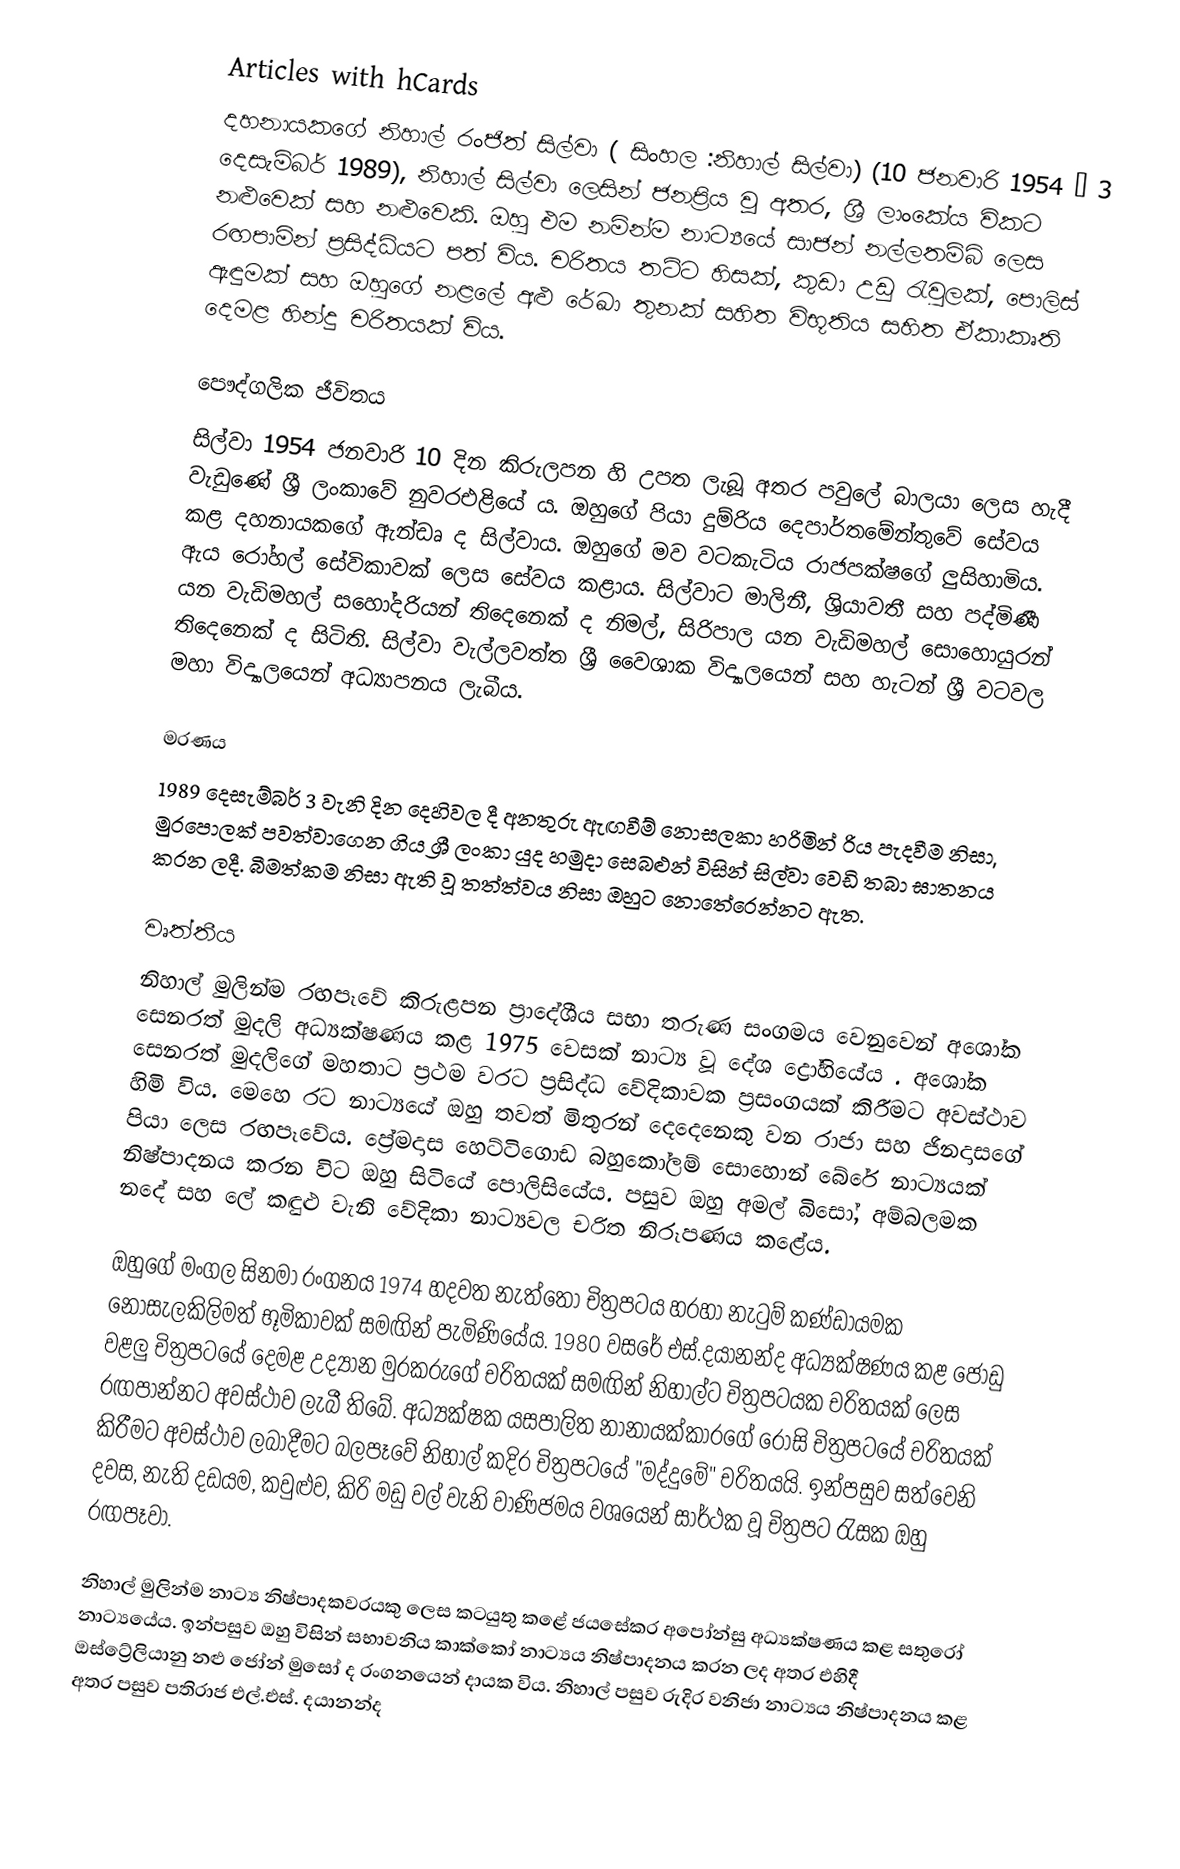
Articles with hCards
දහනායකගේ නිහාල් රංජිත් සිල්වා ( සිංහල :නිහාල් සිල්වා) (10 ජනවාරි 1954 – 3 දෙසැම්බර් 1989), නිහාල් සිල්වා ලෙසින් ජනප්‍රිය වූ අතර, ශ්‍රී ලාංකේය විකට නළුවෙක් සහ නළුවෙකි. ඔහු එම නමින්ම නාට්‍යයේ සාජන් නල්ලතම්බි ලෙස රඟපාමින් ප්‍රසිද්ධියට පත් විය. චරිතය තට්ට හිසක්, කුඩා උඩු රැවුලක්, පොලිස් ඇඳුමක් සහ ඔහුගේ නළලේ අළු රේඛා තුනක් සහිත විභූතිය සහිත ඒකාකෘති දෙමළ හින්දු චරිතයක් විය.

පෞද්ගලික ජීවිතය
සිල්වා 1954 ජනවාරි 10 දින කිරුලපන  හි උපත ලැබූ අතර පවුලේ බාලයා ලෙස හැදී වැඩුණේ ශ්‍රී ලංකාවේ නුවරඑළියේ ය. ඔහුගේ පියා දුම්රිය දෙපාර්තමේන්තුවේ සේවය කළ දහනායකගේ ඇන්ඩෘ ද සිල්වාය. ඔහුගේ මව වටකැටිය රාජපක්ෂගේ ලුසිහාමිය. ඇය රෝහල් සේවිකාවක් ලෙස සේවය කළාය. සිල්වාට මාලිනී, ශ්‍රියාවතී සහ පද්මිණී යන වැඩිමහල් සහෝදරියන් තිදෙනෙක් ද නිමල්, සිරිපාල යන වැඩිමහල් සොහොයුරන් තිදෙනෙක් ද සිටිති. සිල්වා වැල්ලවත්ත ශ්‍රී වෛශාක විද්‍යාලයෙන් සහ හැටන් ශ්‍රී වටවල මහා විද්‍යාලයෙන් අධ්‍යාපනය ලැබීය.

මරණය
1989 දෙසැම්බර් 3 වැනි දින දෙහිවල දී අනතුරු ඇඟවීම් නොසලකා හරිමින් රිය පැදවීම නිසා, මුරපොලක් පවත්වාගෙන ගිය ශ්‍රී ලංකා යුද හමුදා සෙබළුන් විසින් සිල්වා වෙඩි තබා ඝාතනය කරන ලදී. බීමත්කම නිසා ඇති වූ තත්ත්වය නිසා ඔහුට නොතේරෙන්නට ඇත.

වෘත්තීය
නිහාල් මුලින්ම රඟපෑවේ කිරුළපන ප්‍රාදේශීය සභා තරුණ සංගමය වෙනුවෙන් අශෝක සෙනරත් මුදලි අධ්‍යක්ෂණය කළ 1975 වෙසක් නාට්‍ය වූ දේශ ද්‍රෝහියේය . අශෝක සෙනරත් මුදලිගේ මහතාට ප්‍රථම වරට ප්‍රසිද්ධ වේදිකාවක ප්‍රසංගයක් කිරීමට අවස්ථාව හිමි විය. මෙහෙ රට නාට්‍යයේ ඔහු තවත් මිතුරන් දෙදෙනෙකු වන රාජා සහ ජිනදාසගේ පියා ලෙස රඟපෑවේය. ප්‍රේමදාස හෙට්ටිගොඩ බහුකෝලම් සොහොන් බේරේ නාට්‍යයක් නිෂ්පාදනය කරන විට ඔහු සිටියේ පොලිසියේය. පසුව ඔහු අමල් බිසෝ, අම්බලමක නදේ සහ ලේ කඳුළු වැනි වේදිකා නාට්‍යවල චරිත නිරූපණය කළේය.

ඔහුගේ මංගල සිනමා රංගනය 1974 හදවත නැත්තෝ චිත්‍රපටය හරහා නැටුම් කණ්ඩායමක නොසැලකිලිමත් භූමිකාවක් සමඟින් පැමිණියේය. 1980 වසරේ එස්.දයානන්ද අධ්‍යක්ෂණය කළ ජෝඩු වළලු චිත්‍රපටයේ දෙමළ උද්‍යාන මුරකරුගේ චරිතයක් සමඟින් නිහාල්ට චිත්‍රපටයක චරිතයක් ලෙස රඟපාන්නට අවස්ථාව ලැබී තිබේ. අධ්‍යක්ෂක යසපාලිත නානායක්කාරගේ රෝසි චිත්‍රපටයේ චරිතයක් කිරීමට අවස්ථාව ලබාදීමට බලපෑවේ නිහාල් කදිර චිත්‍රපටයේ "මද්දුමේ" චරිතයයි. ඉන්පසුව සත්වෙනි දවස, නැති දඩයම, කවුළුව, කිරි මඩු වල් වැනි වාණිජමය වශයෙන් සාර්ථක වූ චිත්‍රපට රැසක ඔහු රඟපෑවා.

නිහාල් මුලින්ම නාට්‍ය නිෂ්පාදකවරයකු ලෙස කටයුතු කළේ ජයසේකර අපෝන්සු අධ්‍යක්ෂණය කළ සතුරෝ නාට්‍යයේය. ඉන්පසුව ඔහු විසින් සභාවනිය කාක්කෝ නාට්‍යය නිෂ්පාදනය කරන ලද අතර එහිදී ඔස්ට්‍රේලියානු නළු ජෝන් මුසෝ ද රංගනයෙන් දායක විය. නිහාල් පසුව රුදිර වනිජා නාට්‍යය නිෂ්පාදනය කළ අතර පසුව පතිරාජ එල්.එස්. දයානන්ද